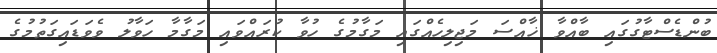
ބުންޑެސްޓާގުގައި ބާއްވާ ޚާއްސަ މަޖިލިހެއްގައި މަގާމުގެ ހުވާ ކުރައްވައި މަގާމާ ހަވާލު ވެވަޑައިގަތުމުގެ